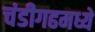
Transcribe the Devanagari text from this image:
चंडीगढमध्ये